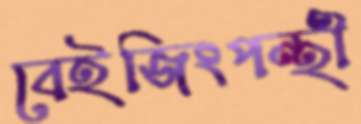
বেইজিংপন্থী